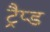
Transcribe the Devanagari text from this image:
ट्रैप्ड